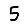
Digit: 5